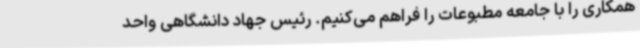
همکاری را با جامعه مطبوعات را فراهم می‌کنیم. رئیس جهاد دانشگاهی واحد